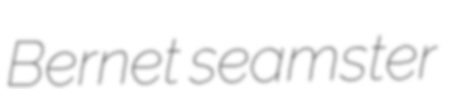
Bernet seamster